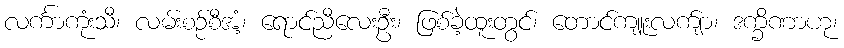
လင်္ကာကုံးသီ၊ လမ်းစဉ်စီအံ့၊ ရောင်ညီလေးဦး၊ ဖြစ်ခဲ့ထူးတွင်၊ တောင်ကျူးလက်ျာ၊ ဒက္ခိဏာဟု၊